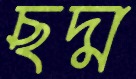
ছদ্ম